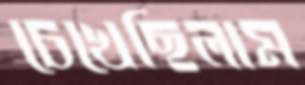
চেখেছিলাম